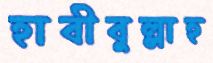
হাবীবুল্লাহ